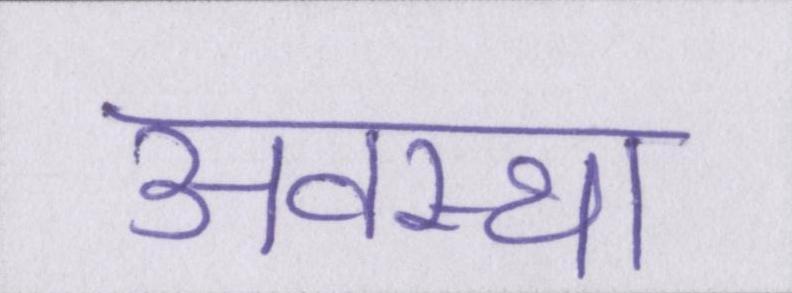
अवस्था